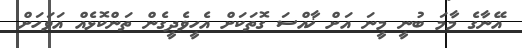
އޭނާގެ މާމަ ބުނީ މީނަ އަށް ޚާއްސަ ގޮތަކަށް އެހީވެދީގެން ތަންކޮޅެއް އަވަހަށް